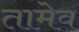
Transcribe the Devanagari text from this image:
तामेव